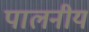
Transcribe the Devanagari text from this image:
पालनीय